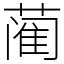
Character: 蔺